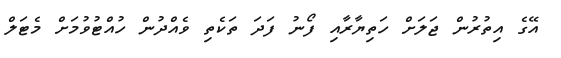
އޭގެ އިތުރުން ޖަލަށް ހަތިޔާރާއި ފޯނު ފަދަ ތަކެތި ވެއްދުން ހުއްޓުވުމަށް މެޓަލް